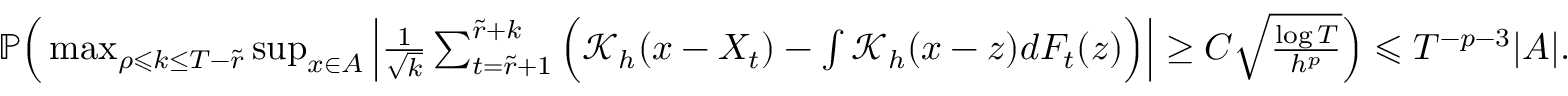
\begin{array} { r } { \mathbb { P } \Big ( \operatorname* { m a x } _ { \rho \leqslant k \leq T - \widetilde { r } } \operatorname* { s u p } _ { x \in A } \Big | \frac { 1 } { \sqrt { k } } \sum _ { t = \widetilde { r } + 1 } ^ { \widetilde { r } + k } \Big ( \mathcal { K } _ { h } ( x - X _ { t } ) - \int \mathcal { K } _ { h } ( x - z ) d F _ { t } ( z ) \Big ) \Big | \geq C \sqrt { \frac { \log T } { h ^ { p } } } \Big ) \leqslant T ^ { - p - 3 } | A | . } \end{array}